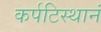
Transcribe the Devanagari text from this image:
कर्पटिस्थानं